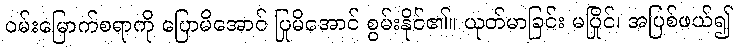
ဝမ်းမြောက်စရာကို ပြောမိအောင် ပြုမိအောင် စွမ်းနိုင်၏။ ယုတ်မာခြင်း မပြိုင်၊ အပြစ်ဖယ်၍